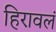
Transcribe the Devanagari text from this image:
हिरावलं